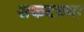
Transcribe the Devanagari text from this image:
सकटच्या